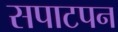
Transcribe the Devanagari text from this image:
सपाटपन